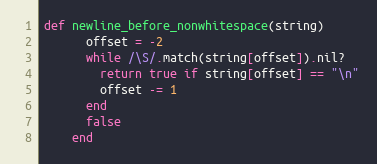
Language: Ruby
def newline_before_nonwhitespace(string)
      offset = -2
      while /\S/.match(string[offset]).nil?
        return true if string[offset] == "\n"
        offset -= 1
      end
      false
    end